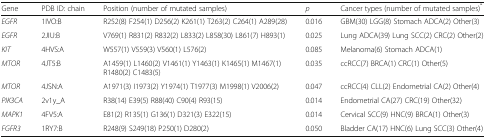
<table><thead><tr><td><b>Gene</b></td><td><b>PDB ID: chain</b></td><td><b>Position (number of mutated samples)</b></td><td><b><i>p</i></b></td><td><b>Cancer types (number of mutated samples)<sup>*</sup></b></td></tr></thead><tbody><tr><td><i>EGFR</i></td><td>1IVO:B</td><td>R252(8) F254(1) D256(2) K261(1) T263(2) C264(1) A289(28)</td><td>0.016</td><td>GBM(30) LGG(8) Stomach ADCA(2) Other(3)</td></tr><tr><td><i>EGFR</i></td><td>2JIU:B</td><td>V769(1) R831(2) R832(2) L833(2) L858(30) L861(7) H893(1)</td><td>0.025</td><td>Lung ADCA(39) Lung SCC(2) CRC(2) Other(2)</td></tr><tr><td><i>KIT</i></td><td>4HVS:A</td><td>W557(1) V559(3) V560(1) L576(2)</td><td>0.085</td><td>Melanoma(6) Stomach ADCA(1)</td></tr><tr><td><i>MTOR</i></td><td>4JT5:B</td><td>A1459(1) L1460(2) V1461(1) Y1463(1) K1465(1) M1467(1) R1480(2) C1483(5)</td><td>0.035</td><td>ccRCC(7) BRCA(1) CRC(1) Other(5)</td></tr><tr><td><i>MTOR</i></td><td>4JSN:A</td><td>A1971(3) I1973(2) Y1974(1) T1977(3) M1998(1) V2006(2)</td><td>0.047</td><td>ccRCC(4) CLL(2) Endometrial CA(2) Other(4)</td></tr><tr><td><i>PIK3CA</i></td><td>2v1y_A</td><td>R38(14) E39(5) R88(40) C90(4) R93(15)</td><td>0.014</td><td>Endometrial CA(27) CRC(19) Other(32)</td></tr><tr><td><i>MAPK1</i></td><td>4FV5:A</td><td>E81(2) R135(1) G136(1) D321(3) E322(15)</td><td>0.014</td><td>Cervical SCC(9) HNC(9) BRCA(1) Other(3)</td></tr><tr><td><i>FGFR3</i></td><td>1RY7:B</td><td>R248(9) S249(18) P250(1) D280(2)</td><td>0.050</td><td>Bladder CA(17) HNC(6) Lung SCC(3) Other(4)</td></tr></tbody></table>